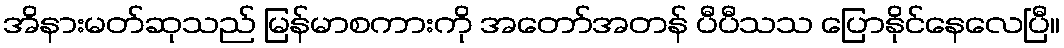
အိနားမတ်ဆုသည် မြန်မာစကားကို အတော်အတန် ပီပီသသ ပြောနိုင်နေလေပြီ။